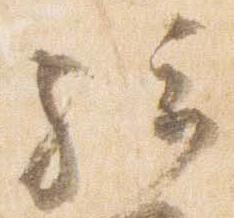
騎